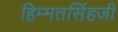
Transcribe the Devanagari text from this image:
हिम्मतसिंहजी